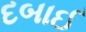
દબાઈ